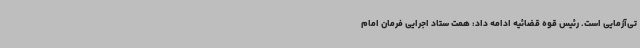
تی‌آزمایی است. رئیس قوه قضائیه ادامه داد: همت ستاد اجرایی فرمان امام